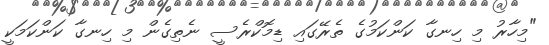
"މިހާރު މި ހިނގާ ކަންކަމުގެ ތެރޭގައި ޑިމޮކްރެސީ ނެތިގެން މި ހިނގާ ކަންކަމަކީ